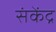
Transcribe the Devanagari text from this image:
संकेंद्र